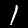
Label: 1